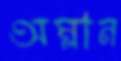
অম্লান